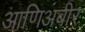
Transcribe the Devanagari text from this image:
आणिअबीर